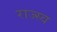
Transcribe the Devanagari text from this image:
राज्स्व